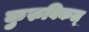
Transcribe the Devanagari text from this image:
कुरुविकल्